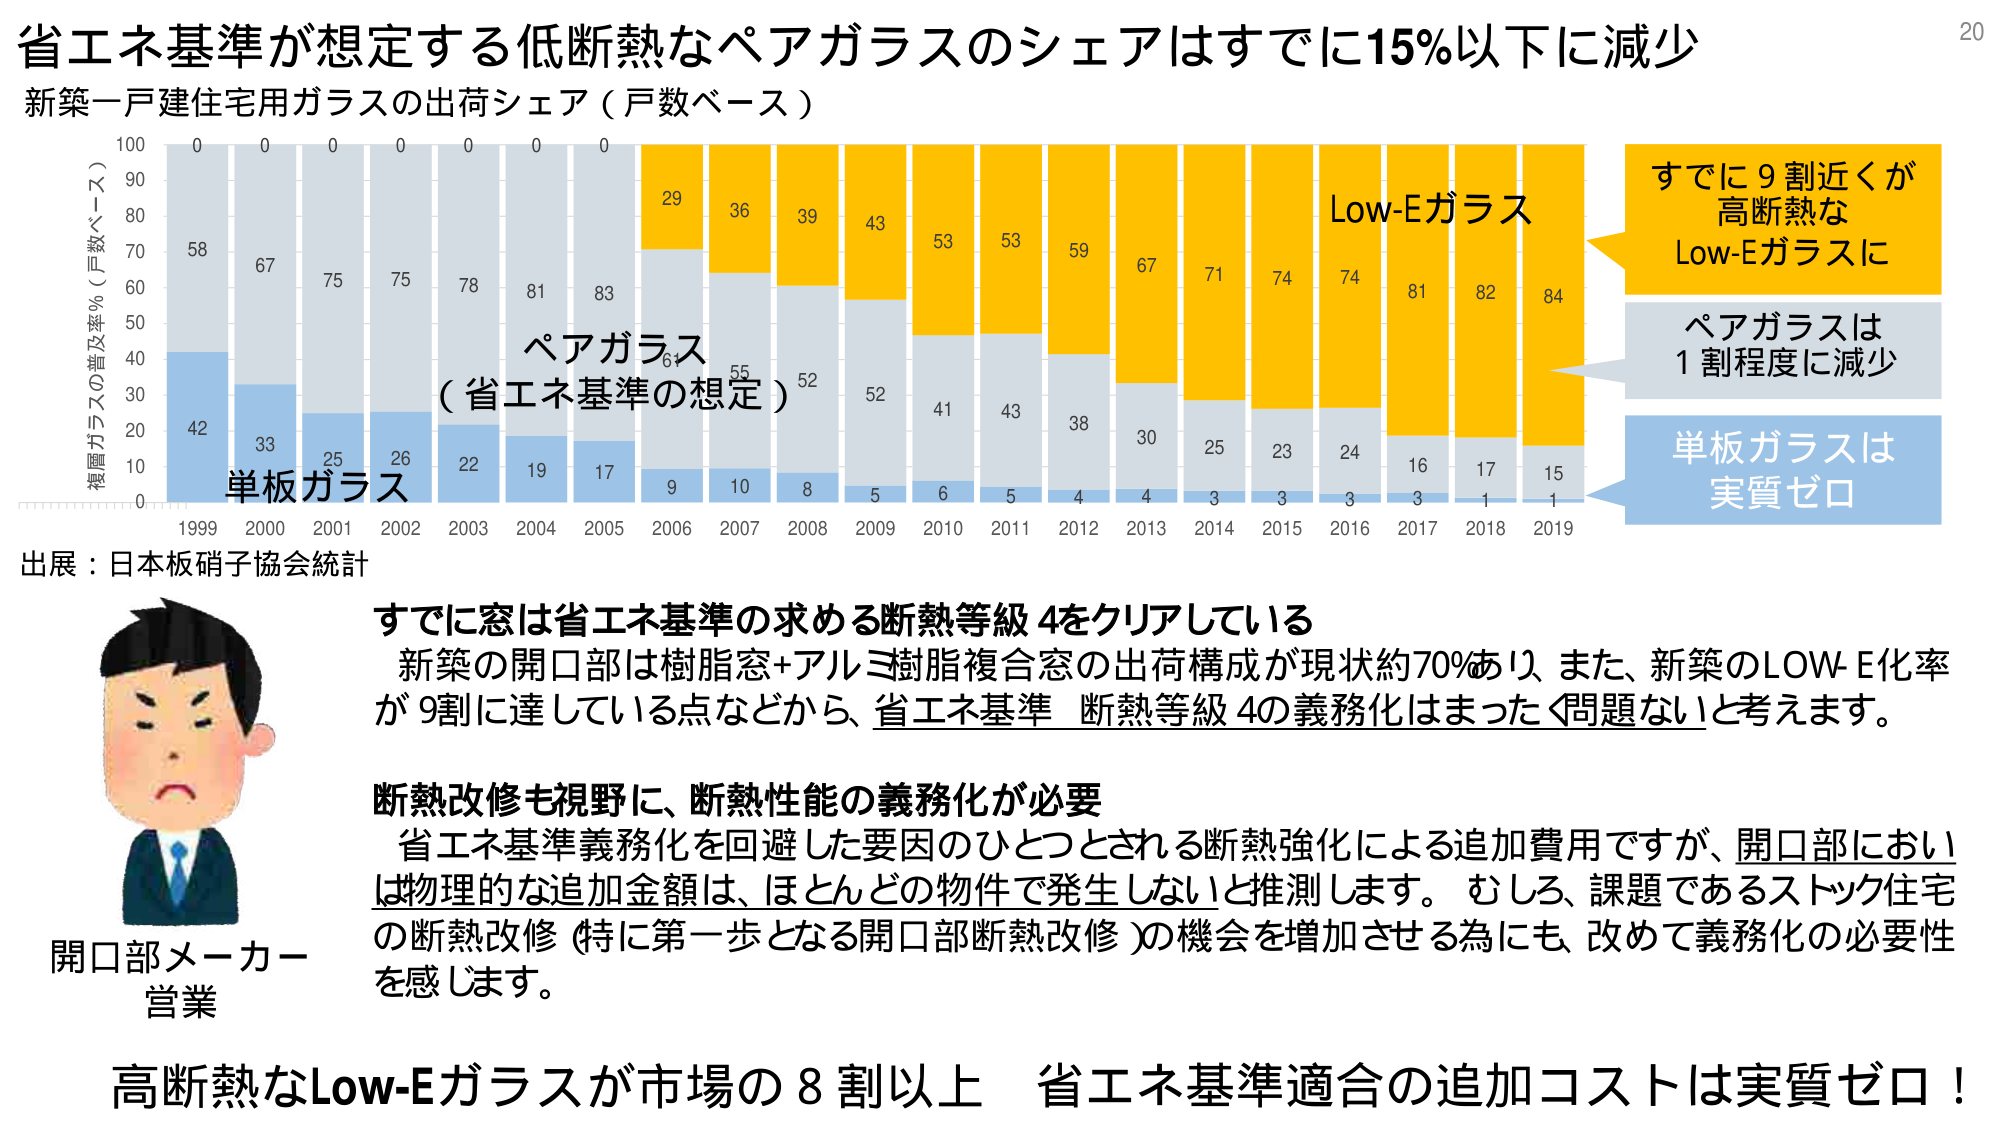
省エネ基準が想定する低断熱なペアガラスのシェアはすでに15%以下に減少
新築一戸建住宅用ガラスの出荷シェア（戸数ベース）
複層ガラスの普及率%（戸数ベース）
100
90
80
70
60
50
40
30
20
10
0
0
0
0
0
0
0
0
29
36
39
43
53
53
59
67
71
74
74
81
82
84
Low-Eガラス
すでに9割近くが
高断熱な
Low-Eガラスに
ペアガラスは
1割程度に減少
単板ガラスは
実質ゼロ
58
67
75
75
78
81
83
61
55
52
52
41
43
38
30
25
23
24
16
17
15
42
33
25
26
22
19
17
9
10
8
5
6
5
4
4
3
3
3
3
1
1
単板ガラス
ペアガラス
（省エネ基準の想定）
1999 2000 2001 2002 2003 2004 2005 2006 2007 2008 2009 2010 2011 2012 2013 2014 2015 2016 2017 2018 2019
出展：日本板硝子協会統計
すでに窓は省エネ基準の求める断熱等級4をクリアしている
新築の開口部は樹脂窓+アルミ樹脂複合窓の出荷構成が現状約70%あり、また、新築のLOW-E化率
が9割に達している点などから、省エネ基準 断熱等級4の義務化はまったく問題ないと考えます。
断熱改修も視野に、断熱性能の義務化が必要
省エネ基準義務化を回避した要因のひとつとされる断熱強化による追加費用ですが、開口部におい
は物理的な追加金額は、ほとんどの物件で発生しないと推測します。むしろ、課題であるストック住宅
の断熱改修（特に第一歩となる開口部断熱改修）の機会を増加させる為にも、改めて義務化の必要性
を感じます。
開口部メーカー
営業
高断熱なLow-Eガラスが市場の8割以上 省エネ基準適合の追加コストは実質ゼロ！
20